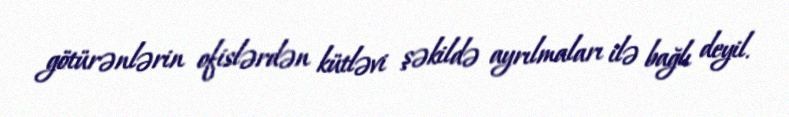
götürənlərin ofislərdən kütləvi şəkildə ayrılmaları ilə bağlı deyil.